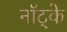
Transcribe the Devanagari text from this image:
नॉट्के